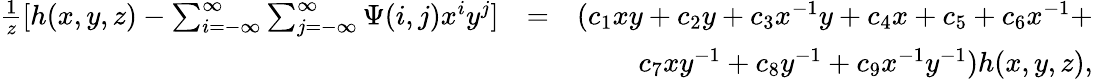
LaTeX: \begin{array}{rlr}{\frac{1}{z}[h(x,y,z)-\sum_{i=-\infty}^{\infty}\sum_{j=-\infty}^{\infty}\Psi(i,j)x^{i}y^{j}]}&{=}&{(c_{1}xy+c_{2}y+c_{3}x^{-1}y+c_{4}x+c_{5}+c_{6}x^{-1}+}\\ &{}&{c_{7}xy^{-1}+c_{8}y^{-1}+c_{9}x^{-1}y^{-1})h(x,y,z),}\end{array}